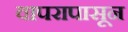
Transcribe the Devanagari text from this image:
वापरापासून